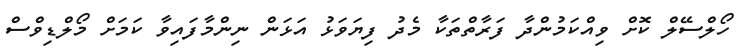
ހޯލްސޭލް ކޮށް ވިއްކަމުންދާ ފަރާތްތަކާ މެދު ފިޔަވަޅު އަޅަން ނިންމާފައިވާ ކަމަށް މޯލްޑިވްސް